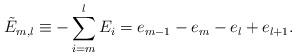
LaTeX: \begin{align*}\tilde{E}_{m,l}\equiv -\sum_{i=m}^{l}E_i=e_{m-1}-e_m-e_l+e_{l+1}.\end{align*}